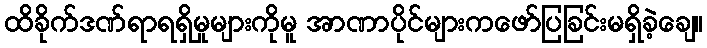
ထိခိုက်ဒဏ်ရာရရှိမှုများကိုမူ အာဏာပိုင်များကဖော်ပြခြင်းမရှိခဲ့ချေ။